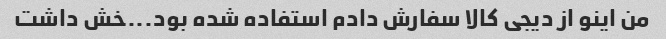
من اینو از دیجی کالا سفارش دادم استفاده شده بود...خش داشت